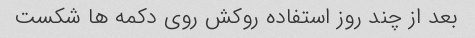
بعد از چند روز استفاده روکش روی دکمه ها شکست